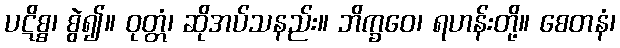
ပဋိစ္စ၊ စွဲ၍။ ဝုတ္တံ၊ ဆိုအပ်သနည်း။ ဘိက္ခဝေ၊ ရဟန်းတို့။ စေတနံ၊